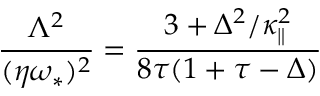
\frac { \Lambda ^ { 2 } } { ( \eta \omega _ { \ast } ) ^ { 2 } } = \frac { 3 + \Delta ^ { 2 } / \kappa _ { \| } ^ { 2 } } { 8 \tau ( 1 + \tau - \Delta ) }